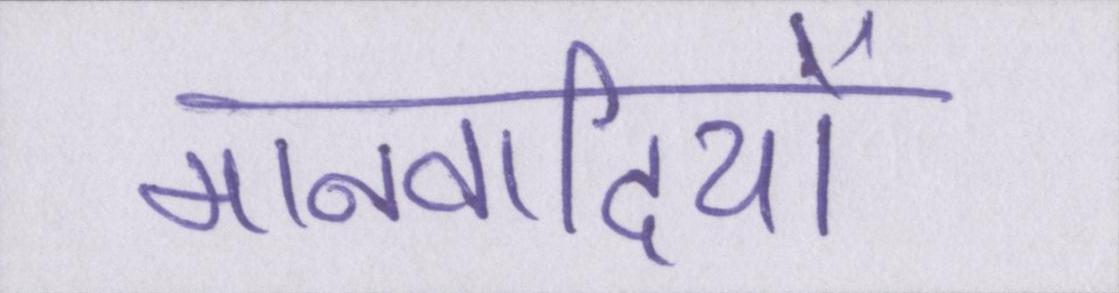
मानवादियों